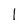
Character: l